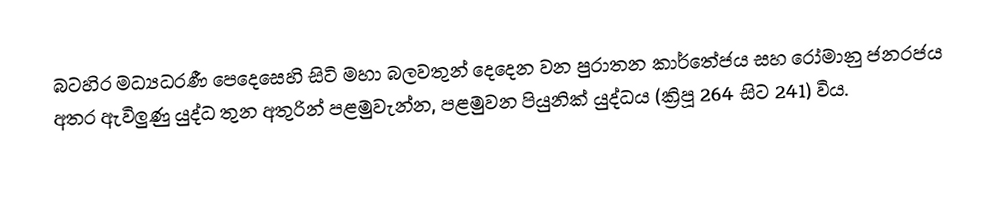
බටහිර මධ්‍යධරණී පෙදෙසෙහි සිටි මහා බලවතුන් දෙදෙන වන  පුරාතන කාර්තේජය සහ රෝමානු ජනරජය අතර ඇවිලුණු යුද්ධ තුන අතුරින් පළමුවැන්න, පළමුවන පියුනික් යුද්ධය (ක්‍රිපූ 264 සිට 241) විය.